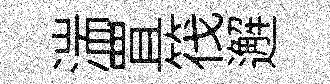
湍罝筏邂